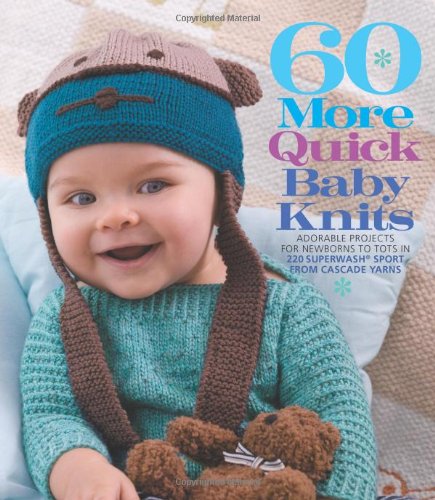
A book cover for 60 More Quick Baby Knits: Adorable Projects for Newborns to Tots in 220 SuperwashÂ® Sport from Cascade Yarns (60 Quick Knits Collection); Crafts, Hobbies & Home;